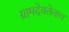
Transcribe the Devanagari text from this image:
ग्रामदेवतेलाच